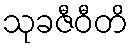
သုခဇီဝီတိ